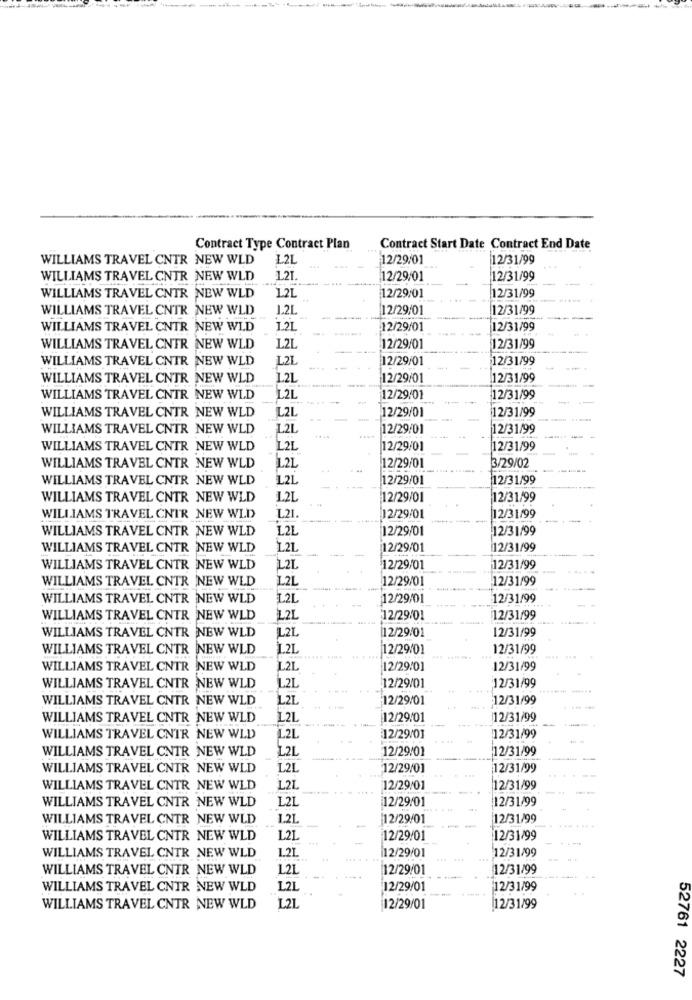
Contract Type Contract Plan
Contract Start Date Contract End Date
WILLIAMS TRAVEL CNTR NEW WLD
12L
12/29/01
12/31/99
WILLIAMS TRAVEL CNTR NEW WLD
1.21.
12/29/01
12/31/99
WILLIAMS TRAVEL CNTR NEW WLD
1.2L
12/29/01
12/31/99
WILLIAMS TRAVEL CNTR NEW WLD
1.21
12/29/01
12/31/99
WILLIAMS TRAVEL CNTR NEW WLD
1.2L
12/29/01
12/31/99
WILLIAMS TRAVEL CNTR NEW WLD
1.21
12/29/01
12/31/99
WILLIAMS TRAVEL CNTR NEW WLD
L2L
12/29/01
12/31/99
WILLIAMS TRAVEL CNTR NEW WLD
1.2L
12/29/01
12/31/99
WILLIAMS TRAVEL CNTR NEW WLD
L2L
12/29/01
12/31/99
WILLIAMS TRAVEL CNTR NEW WLD
L2L
12/31/99
12/29/01
WILLIAMS TRAVEL CNTR NEW WLD
1.2L
12/29/01
12/31/99
WILLIAMS TRAVEL CNTR NEW WLD
L2L
12/29/01
12/31/99
3/29/02
WILLIAMS TRAVEL CNTR NEW WLD
1.2L
12/29/01
WILLIAMS TRAVEL CNTR NEW WLD
L2L
12/29/01
12/31/99
WILLIAMS TRAVEL CNTR NEW WLD
12/29/01
12/31/99
WILLIAMS TRAVEL CNTR NEW WLD
L21.
12/29/01
12/31/99
WILLIAMS TRAVEL CNTR NEW WLD
L.2L
12/29/01
12/31/99
WILLIAMS TRAVEL CNTR NEW WLD
1.2L
12/29/01
12/31/99
WILLIAMS TRAVEL CNTR NEW WLD
L.2L
12/29/01
12/31/99
WILLIAMS TRAVEL CNTR NEW WLD
1.2L
12/29/01
12/31/99
WILLIAMS TRAVEL CNTR NEW WLD
L2L
12/29/01
12/31/99
WILLIAMS TRAVEL CNTR NEW WLD
L2L
12/29/01
12/31/99
L2L
WILLIAMS TRAVEL CNTR NEW WLD
12/29/01
12/31/99
WILLIAMS TRAVEL CNTR NEW WLD
1.2L
12/29/01
12/31/99
WILLIAMS TRAVEL CNTR NEW WLD
L2L
12/29/01
12/31/99
L2L
12/31/99
WILLIAMS TRAVEL CNTR NEW WLD
12/29/01
WILLIAMS TRAVEL CNTR NEW WLD
L.2L
12/29/01
12/31/99
WILLIAMS TRAVEL CNTR NEW WLD
L2L
12/29/01
12/31/99
WILLIAMS TRAVEL CNTR NEW WLD
L2L
12/29/01
12/31/99
WILLIAMS TRAVEL CNTR NEW WLD
L2L
12/29/01
12/31/99
WILLIAMS TRAVEL CNTR NEW WLD
L2L
12/29/01
12/31/99
WILLIAMS TRAVEL CNTR NEW WLD
L2L
12/29/01
12/31/99
WILLIAMS TRAVEL CNTR NEW WLD
L2L
12/29/01
12/31/99
WILLIAMS TRAVEL CNTR NEW WLD
1.21.
|12/29/01
12/31/99
WILLIAMS TRAVEL CNTR NEW WLD
L.2L
12/29/01
12/31/99
12/31/99
WILLIAMS TRAVEL CNTR NEW WLD
1.2L
12/29/01
WILLIAMS TRAVEL CNTR NEW WLD
1.2L
12/29/01
12/31/99
WILLIAMS TRAVEL CNTR NEW WLD
L21
12/29/01
12/31/99
WILLIAMS TRAVEL CNTR NEW WLD
L.21
12/29/01
12/31/99
52761 2227